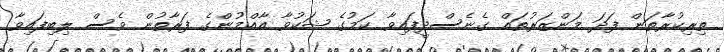
ތިރިކުރާތަން ފަދަ މަންޒަރުތައް ގެނެސްދީފައިވާ ކަމުގެ ޝަކުވާ އާއްމުންގެ ފަރާތުން ވެސް ލިބިފައިވާ